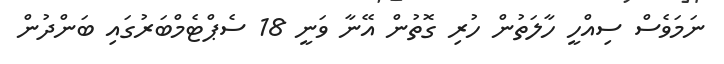
ނަމަވެސް ސިއްހީ ހާލަތުން ހުރި ގޮތުން އޭނާ ވަނީ 18 ސެޕްޓެމްބަރުގައި ބަންދުން